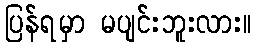
ပြန်ရမှာ မပျင်းဘူးလား။